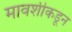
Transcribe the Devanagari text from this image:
मावशीकडून